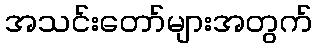
အသင်းတော်များအတွက်